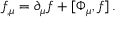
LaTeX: f _ { , \mu } = \partial _ { \mu } f + [ \Phi _ { \mu } , f ] \, .